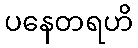
ပနေတရဟိ